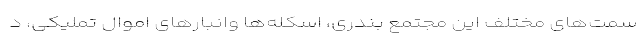
سمت‌های مختلف این مجتمع بندری، اسکله‌ها وانبارهای اموال تملیکی، د